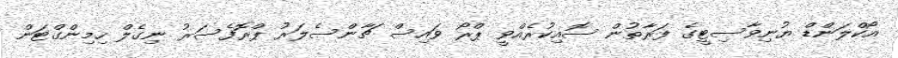
އޯކްލަންޑް ޔުނިވާސިޓީގެ ފަރާތުން ސޮއިކުރެއްވީ ޕްރޯ ވައިސް ޗާންސެލަރު ޕްރޮފެސަރު ނިގެލް ހިމިންގްޓަން